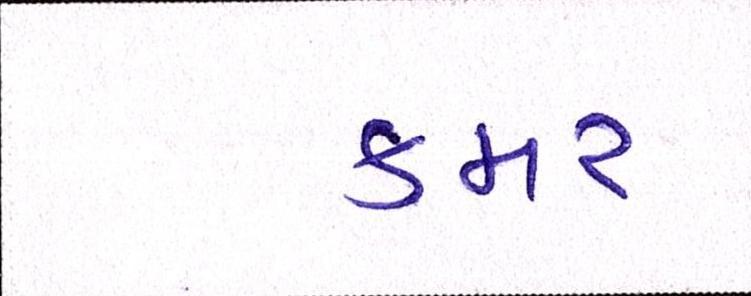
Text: કમર